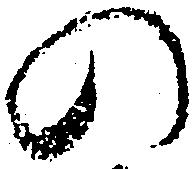
の